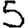
Digit: 5